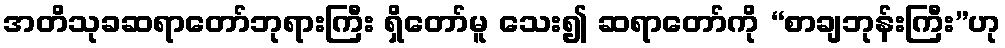
အတိသုခဆရာတော်ဘုရားကြီး ရှိတော်မူ သေး၍ ဆရာတော်ကို “စာချဘုန်းကြီး”ဟု